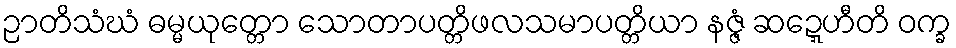
ဉာတိသံဃံ ဓမ္မယုတ္တော သောတာပတ္တိဖလသမာပတ္တိယာ နဇ္ဇံ ဆဍ္ဍေဟီတိ ဝက္ခ